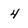
Character: 4